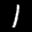
Label: 1